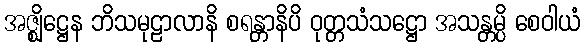
အဇ္ဈိဋ္ဌေန ဘိသမုဠာလာနိ စရန္တာနိပိ ဝုတ္တသံသဋ္ဌော အသန္တမ္ပိ စေဝါယံ